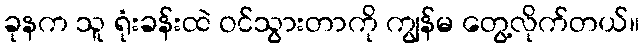
ခုနက သူ ရုံးခန်းထဲ ဝင်သွားတာကို ကျွန်မ တွေ့လိုက်တယ်။